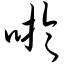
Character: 吁